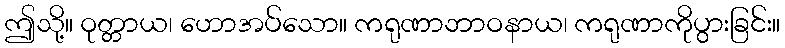
ဤသို့။ ဝုတ္တာယ၊ ဟောအပ်သော။ ကရုဏာဘာဝနာယ၊ ကရုဏာကိုပွားခြင်း။